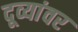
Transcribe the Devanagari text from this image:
दूव्यांवर